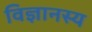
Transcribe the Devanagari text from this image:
विज्ञानस्य